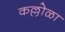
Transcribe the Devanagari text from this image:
कल्लोळा